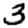
Digit: 3